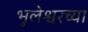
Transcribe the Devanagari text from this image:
भुलेश्वरच्या